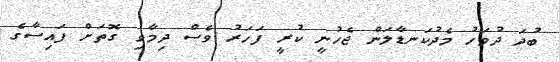
ބުދަ ދުވަހު މެދުކަނޑާލަން ޖެހުނީ ކުރީ ފަހަރު ވެސް ދިމާވި ގޮތަށް ފައިސާގެ